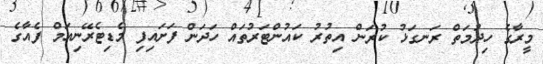
މީރާގެ ހިދުމަތް ރަނގަޅު ކުރަން އިތުރު ކައުންޓަރުތައް ހަދަން ފަށައިފި މެޑިޓެރޭނިއަމް ފެއާގެ